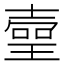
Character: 𤨻